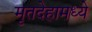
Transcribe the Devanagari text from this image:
मृतदेहामध्ये